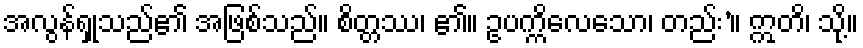
အလွန်ရှုသည်၏ အဖြစ်သည်။ စိတ္တဿ၊ ၏။ ဥပက္ကိလေသော၊ တည်း’။ ဣတိ၊ သို့။